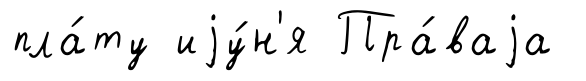
пла́ту иjу́н'я Пра́ваjа